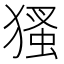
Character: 𤠘